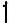
1